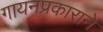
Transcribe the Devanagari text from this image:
गायनप्रकाराने